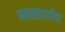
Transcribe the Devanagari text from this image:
मनसबदारीचा